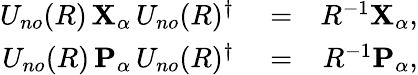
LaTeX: \begin{array}{rlr}{U_{no}(R)\, {\mathbf{X}}_{\alpha}\, U_{no}(R)^{\dagger}}&{{}=}&{R^{-1}{\mathbf{X}}_{\alpha},}\\ {U_{no}(R)\, {\mathbf{P}}_{\alpha}\, U_{no}(R)^{\dagger}}&{{}=}&{R^{-1}{\mathbf{P}}_{\alpha},}\end{array}